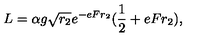
L = \alpha g \sqrt { r _ { 2 } } e ^ { - e F r _ { 2 } } ( { \frac { 1 } { 2 } } + e F r _ { 2 } ) ,